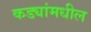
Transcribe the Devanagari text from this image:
कड्यांमधील